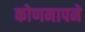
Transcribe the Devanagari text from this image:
कोणनापने